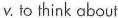
v. to think about